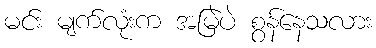
မင်း မျက်လုံးက အမြဲပဲ စွန်နေသလား